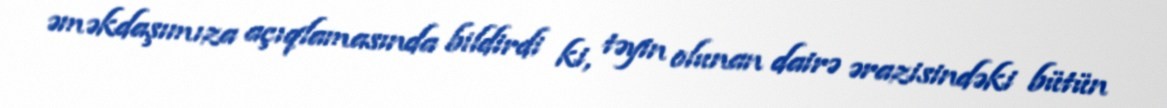
əməkdaşımıza açıqlamasında bildirdi ki, təyin olunan dairə ərazisindəki bütün